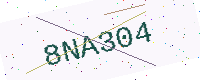
Text: 8NA304